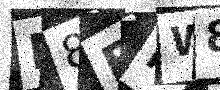
Text: N8EMW8